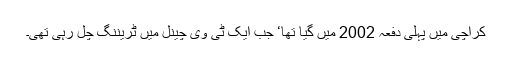
کراچی میں پہلی دفعہ 2002 میں گیا تھا‘ جب ایک ٹی وی چینل میں ٹریننگ چل رہی تھی۔